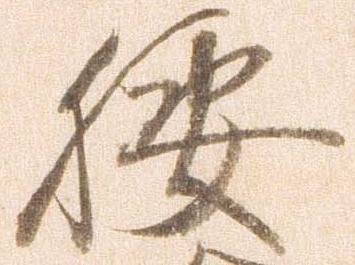
腰